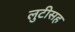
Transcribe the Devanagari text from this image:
लुटीसह